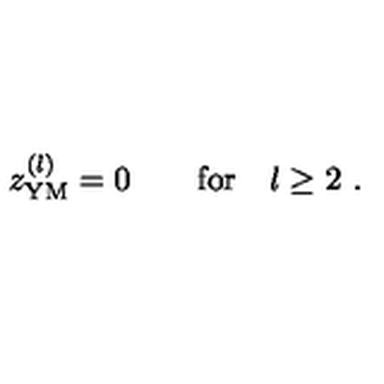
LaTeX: z _ { \mathrm { Y M } } ^ { ( l ) } = 0 \qquad \mathrm { f o r } \quad l \geq 2 \ .